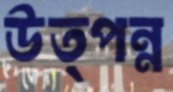
উত্পন্ন